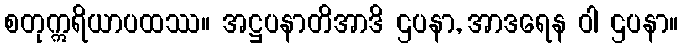
စတုဣရိယာပထဿ။ အဋ္ဌပနာတိအာဒိ ဌပနာ, အာဒရေန ဝါ ဌပနာ။